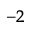
^ { - 2 }